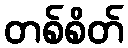
တစ်စိတ်